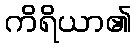
ကိရိယာ၏